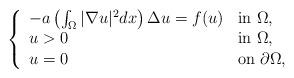
LaTeX: \begin{align*}\left \{ \begin{array}{ll}-a\left( \int_{\Omega}|\nabla u|^{2}dx\right)\Delta u = f(u) & \mbox{in $\Omega$,}\\u>0 & \mbox{in $\Omega$,}\\u=0 & \mbox{on $\partial\Omega$,}\end{array}\right.\end{align*}